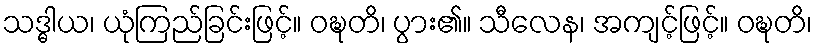
သဒ္ဓါယ၊ ယုံကြည်ခြင်းဖြင့်။ ဝဍ္ဎတိ၊ ပွား၏။ သီလေန၊ အကျင့်ဖြင့်။ ဝဍ္ဎတိ၊